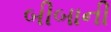
બીબાની